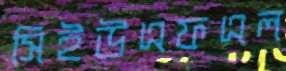
সিইউএফএল